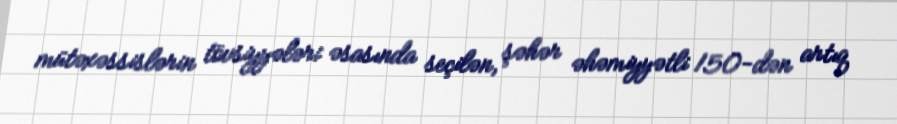
mütəxəssislərin tövsiyyələri əsasında seçilən, şəhər əhəmiyyətli 150-dən artıq